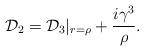
LaTeX: \begin{align*}{\cal D}_2={\cal D}_3|_{r={\rho}}+\frac{i{\gamma}^3}{\rho}.\end{align*}